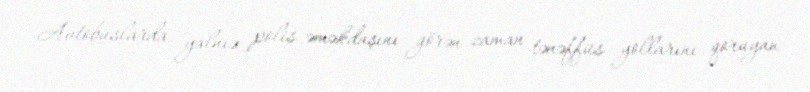
Avtobuslarda yalnız polis əməkdaşını görən zaman tənəffüs yollarını qoruyan